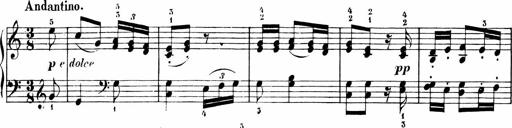
Title: Sonatinen Op.47, 98 und 136, nebst 6 Liedersonatinen
Composer: Carl Reinecke